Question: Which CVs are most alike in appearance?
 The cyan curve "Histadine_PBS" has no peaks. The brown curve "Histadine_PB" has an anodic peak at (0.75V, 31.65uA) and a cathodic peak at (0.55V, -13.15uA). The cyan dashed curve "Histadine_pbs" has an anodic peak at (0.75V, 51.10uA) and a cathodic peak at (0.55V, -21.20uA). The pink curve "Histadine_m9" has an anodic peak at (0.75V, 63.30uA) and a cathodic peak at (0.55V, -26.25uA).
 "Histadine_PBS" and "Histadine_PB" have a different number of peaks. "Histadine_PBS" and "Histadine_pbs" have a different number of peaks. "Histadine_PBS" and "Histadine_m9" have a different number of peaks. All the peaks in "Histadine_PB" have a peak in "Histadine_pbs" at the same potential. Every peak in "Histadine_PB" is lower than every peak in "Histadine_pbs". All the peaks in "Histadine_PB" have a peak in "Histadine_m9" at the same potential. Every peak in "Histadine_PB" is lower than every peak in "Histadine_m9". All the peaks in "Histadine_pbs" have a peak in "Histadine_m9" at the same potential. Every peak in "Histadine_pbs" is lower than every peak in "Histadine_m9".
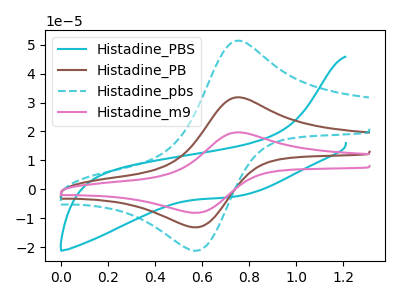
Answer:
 <answer>"Histadine_pbs", "Histadine_PB" and "Histadine_m9" have the same shape and are likely CV's of the same chemical.</answer>
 <eval>"Histadine_pbs" "Histadine_PB" "Histadine_m9"</eval>